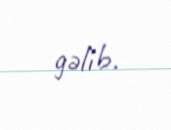
gəlib.